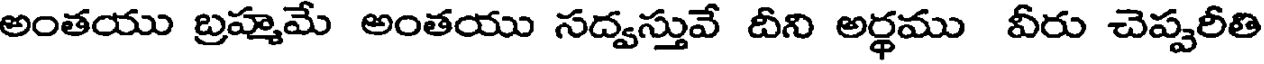
అంతయు బ్రహ్మమే అంతయు సద్వస్తువే దీని అర్థము వీరు చెప్పరీతి